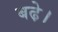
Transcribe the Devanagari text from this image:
बढे़।